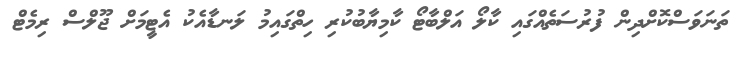
ތަނަވަސްކޮށްދިން ފުރުސަތެއްގައި ކާލޯ އަލްބާޓޯ ކާމިޔާބުކުރި ހިތްގައިމު ލަނޑާއެކު އެޓީމަށް ޖޫލްސް ރިމެޓް